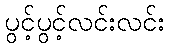
ပွင့်ပွင့်လင်းလင်း